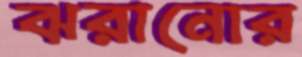
ঝরানোর